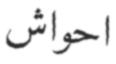
احواش